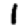
Digit: 1